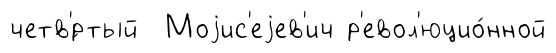
четв'́ртый Моjис'еjев'ич р'евол'юцио́нной